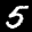
Label: 5